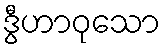
ဒွီဟာဝုသော